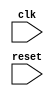
module timing_control_and_sync(input clk, input reset,
                               //define inputs and outputs here
                               );

   // define timing control and synchronization logic here

endmodule